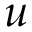
\boldsymbol { u }